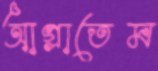
আগ্‌লাতেম